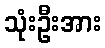
သုံးဦးအား